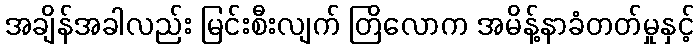
အချိန်အခါလည်း မြင်းစီးလျက် တြိလောက အမိန့်နာခံတတ်မှုနှင့်